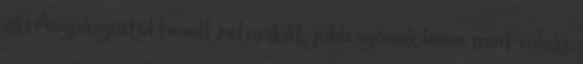
aki Aszpásziától tanult retorikát, jobb szónok lenne, mint valaki,